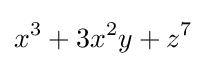
x^{3}+3x^{2}y+z^{7}